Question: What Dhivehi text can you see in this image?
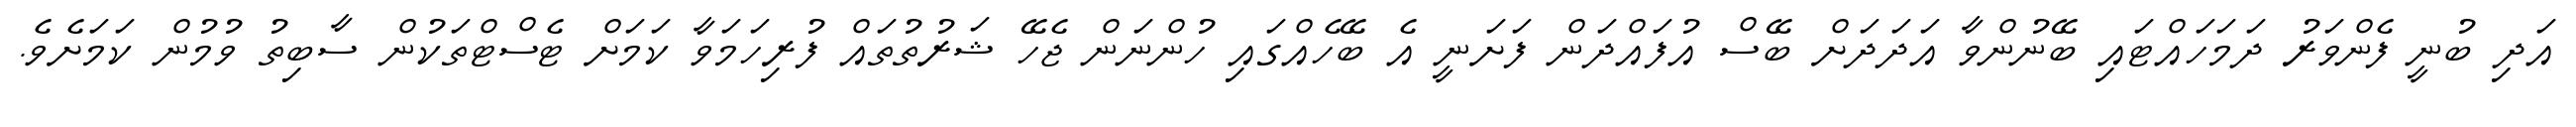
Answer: އަދި ބުނީ ފެންވަރު ދަމަހައްޓައި ބޭނުންވާ އަދަދަށް ބޭސް އުފައްދަން ފަށަނީ އެ ބޭހެއްގައި ހުންނަން ޖެހޭ ޝަރުތުތައް ފުރިހަމަވާ ކަމަށް ޓެސްޓްތަކުން ސާބިތު ވުމުން ކަމަށެވެ.